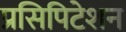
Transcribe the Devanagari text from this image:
प्रसिपिटेशन